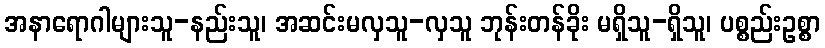
အနာရောဂါများသူ-နည်းသူ၊ အဆင်းမလှသူ-လှသူ ဘုန်းတန်ခိုး မရှိသူ-ရှိသူ၊ ပစ္စည်းဥစ္စာ